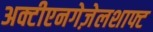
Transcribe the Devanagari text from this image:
अक्टीएनगेज़ेलशाफ्ट